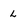
Character: L